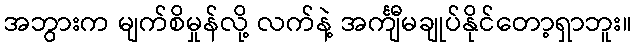
အဘွားက မျက်စိမှုန်လို့ လက်နဲ့ အင်္ကျီမချုပ်နိုင်တော့ရှာဘူး။